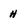
Character: H